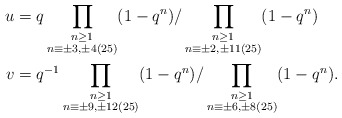
\begin{align*}u & = q \prod_{\substack{n \geq 1\\ n \equiv \pm 3,\pm 4 (25)}} (1-q^n) / \prod_{\substack{n \geq 1 \\ n \equiv \pm 2,\pm 11 (25)}} (1-q^n)\\v & = q^{-1} \prod_{\substack{n \geq 1\\ n \equiv \pm 9,\pm 12 (25)}} (1-q^n) / \prod_{\substack{n \geq 1 \\ n \equiv \pm 6,\pm 8 (25)}} (1-q^n).\end{align*}